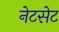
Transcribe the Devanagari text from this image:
नेटसेट